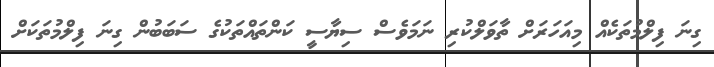
ގިނަ ފިލްމުތަކެއް މިއަހަރަށް ތާވަލްކުރި ނަމަވެސް ސިޔާސީ ކަންތައްތަކުގެ ސަބަބުން ގިނަ ފިލްމުތަކަށް